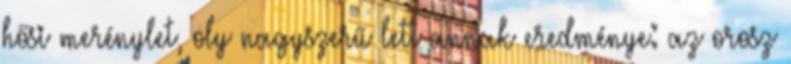
hősi merénylet, oly nagyszerű lett annak eredménye: az orosz